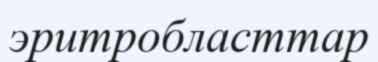
эритробласттар